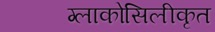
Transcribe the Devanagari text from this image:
ग्लाकोसिलीकृत